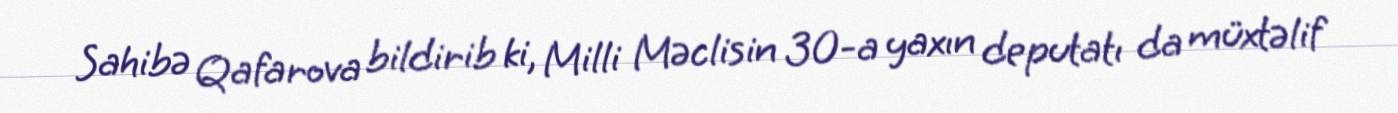
Sahibə Qafarova bildirib ki, Milli Məclisin 30-a yaxın deputatı da müxtəlif